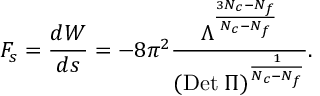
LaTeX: F _ { s } = { \frac { d W } { d s } } = - 8 \pi ^ { 2 } { \frac { \Lambda ^ { { \frac { 3 N _ { c } - N _ { f } } { N _ { c } - N _ { f } } } } } { ( \mathrm { D e t } \; \Pi ) ^ { { \frac { 1 } { N _ { c } - N _ { f } } } } } } .